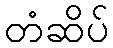
တံဆိပ်